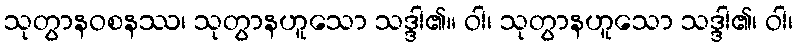
သုတွာနဝစနဿ၊ သုတွာနဟူသော သဒ္ဒါ၏။ ဝါ၊ သုတွာနဟူသော သဒ္ဒါ၏၊ ဝါ၊